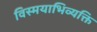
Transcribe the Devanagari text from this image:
विस्मयाभिव्यक्ति